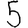
Digit: 5